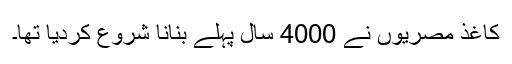
کاغذ مصریوں نے 4000 سال پہلے بنانا شروع کردیا تھا۔